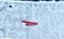
-